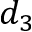
d _ { 3 }